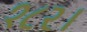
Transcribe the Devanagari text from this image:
१८२।